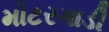
મોટરગાડી